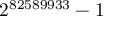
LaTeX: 2 ^ { 8 2 5 8 9 9 3 3 } - 1